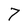
Character: 7